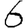
Digit: 6